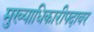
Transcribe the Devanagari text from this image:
मुख्याधिकारीपदावर